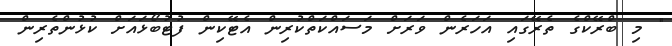
" މި ބްރޭކްގެ ތެރޭގައި އަހަރެން ވަރަށް މަސައްކަތްކުރިން އެޓޭކިން ފުޓުބޯޅައަށް ކުޅުންތެރިން